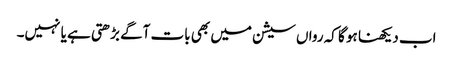
اب دیکھنا ہو گا کہ رواں سیشن میں بھی بات آگے بڑھتی ہے یا نہیں۔